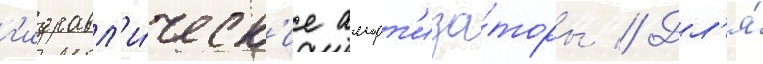
г'идравл'и́ческ'ие аморт'иза́торы // Дл'я́